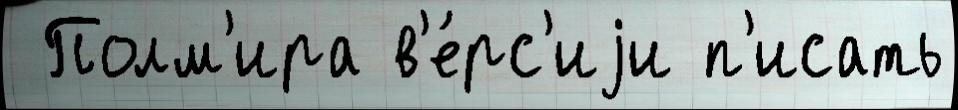
 Полм'ира в'е́рс'иjи п'исать